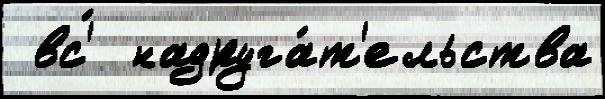
 вс'́  надруга́т'ельства